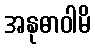
အနုဓာဝါမိ